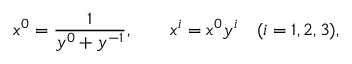
x ^ { 0 } = \frac 1 { y ^ { 0 } + y ^ { - 1 } } , \qquad x ^ { i } = x ^ { 0 } y ^ { i } \quad ( i = 1 , 2 , 3 ) ,